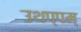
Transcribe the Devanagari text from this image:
उथप्पम्